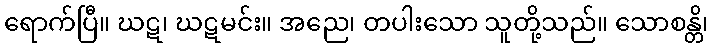
ရောက်ပြီ။ ဃဋ၊ ဃဋမင်း။ အညေ၊ တပါးသော သူတို့သည်။ သောစန္တိ၊